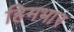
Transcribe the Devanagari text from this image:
हिमभार